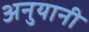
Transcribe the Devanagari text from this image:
अनुयानी